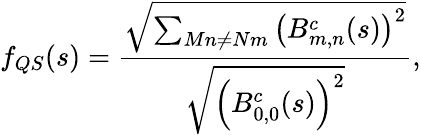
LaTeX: f_{QS}(s)=\frac{\sqrt{\sum_{Mn\ne Nm}\left(B_{m,n}^{c}(s)\right)^{2}}}{\sqrt{\left(B_{0,0}^{c}(s)\right)^{2}}},